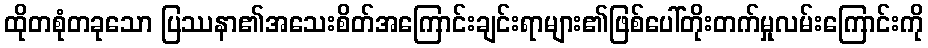
ထိုတစုံတခုသော ပြဿနာ၏အသေးစိတ်အကြောင်းချင်းရာများ၏ဖြစ်ပေါ်တိုးတက်မှုလမ်းကြောင်းကို